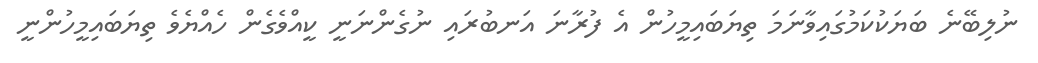
ނުލިބޭނެ ބަޔަކުކަމުގައިވާނަމަ ތިޔަބައިމީހުން އެ ފުރާނަ އަނބުރައި ނުގެންނަނީ ކީއްވެގެން ހެއްޔެވެ ތިޔަބައިމީހުންނީ